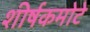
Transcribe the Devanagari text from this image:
शीर्षकमोटे